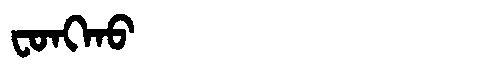
Manchu: ᠸᠣᠩᡴᠣ
Romanization: FONGKO